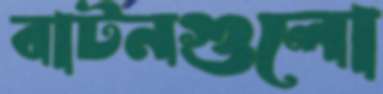
বাটনগুলো